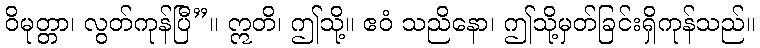
ဝိမုတ္တာ၊ လွတ်ကုန်ပြီ”။ ဣတိ၊ ဤသို့။ ဧဝံ သညိနော၊ ဤသို့မှတ်ခြင်းရှိကုန်သည်။